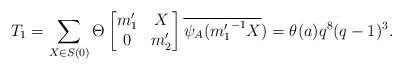
\begin{align*} T_1=\sum_{X \in S(0)}\Theta \begin{bmatrix} m_1' & X\\ 0 & m_2' \end{bmatrix}\overline{\psi_A({m_1'}^{-1}X})=\theta(a)q^8(q-1)^3.\end{align*}